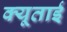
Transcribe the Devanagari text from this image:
क्यूताई